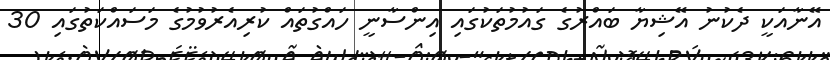
އޭނާއަކީ ދެކުނު އޭޝިޔާ ބައްރުގެ ގައުމުތަކުގައި އިންސާނީ ހައްގުތައް ކުރިއެރުވުމުގެ މަސައްކަތުގައި 30